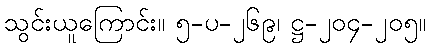
သွင်းယူကြောင်း။ ၅-ပ-၂၆၉၊ ဋ္ဌ-၂၀၄-၂၀၅။